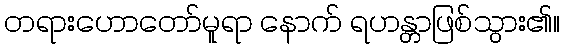
တရားဟောတော်မူရာ နောက် ရဟန္တာဖြစ်သွား၏။